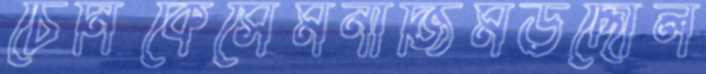
চেনিকেসৈমনাজিমউদ্দৌল